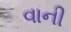
વાની